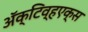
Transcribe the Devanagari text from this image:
ॲक्टिव्हएक्स